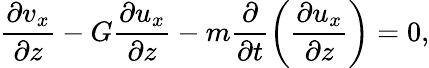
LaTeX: \frac{\partial v_{x}}{\partial z}-G\frac{\partial u_{x}}{\partial z}-m\frac{\partial}{\partial t}\left(\frac{\partial u_{x}}{\partial z}\right)=0,